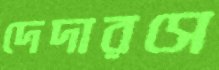
দেদারসে